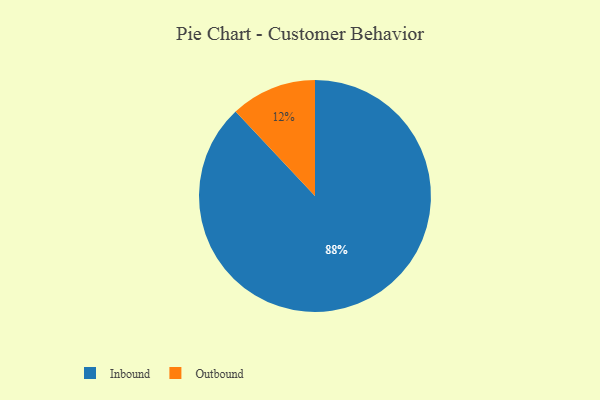
{"axis": {"x": "Category", "y": "Percentage"}, "legend": ["Inbound", "Outbound"], "data": [{"x": "Inbound", "y": 88, "type": "Inbound"}, {"x": "Outbound", "y": 12, "type": "Outbound"}]}